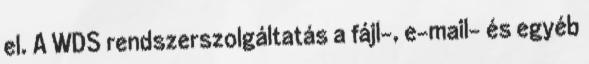
el. A WDS rendszerszolgáltatás a fájl-, e-mail- és egyéb